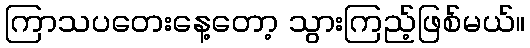
ကြာသပတေးနေ့တော့ သွားကြည့်ဖြစ်မယ်။